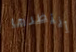
أنتظرها